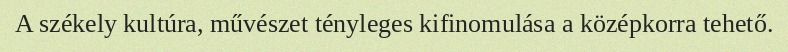
A székely kultúra, művészet tényleges kifinomulása a középkorra tehető.